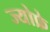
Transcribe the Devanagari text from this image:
ज्योफ्रे